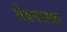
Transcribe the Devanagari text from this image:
जेवणातला